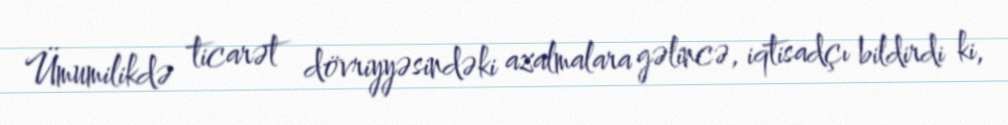
Ümumilikdə ticarət dövriyyəsindəki azalmalara gəlincə, iqtisadçı bildirdi ki,